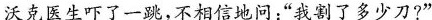
沃克医生吓了一跳，不相信地问：”我割了多少刀?”